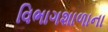
વિભાગશાળાના